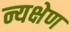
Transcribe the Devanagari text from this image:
न्यक्षेण